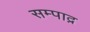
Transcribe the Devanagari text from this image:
सम्पाद्न